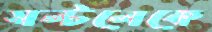
সল্টলেকে